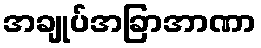
အချုပ်အခြာအာဏာ